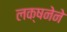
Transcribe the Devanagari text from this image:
लक्षनेने